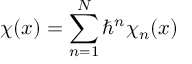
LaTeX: { \chi } ( x ) = \sum _ { n = 1 } ^ { N } { \hbar } ^ { n } { \chi } _ { n } ( x )